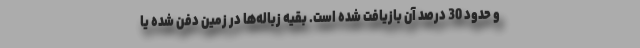
و حدود 30 درصد آن بازیافت شده است. بقیه زباله‌ها در زمین دفن شده یا